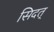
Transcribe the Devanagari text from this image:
सिदत्